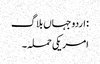
: اردو جہاں بلاگ
امریکی حملہ ۔